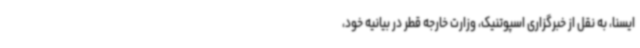
ایسنا، به نقل از خبرگزاری اسپوتنیک، وزارت خارجه قطر در بیانیه خود،